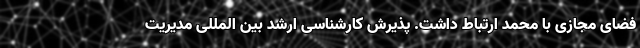
فضای مجازی با محمد ارتباط داشت. پذیرش کارشناسی ارشد بین المللی مدیریت